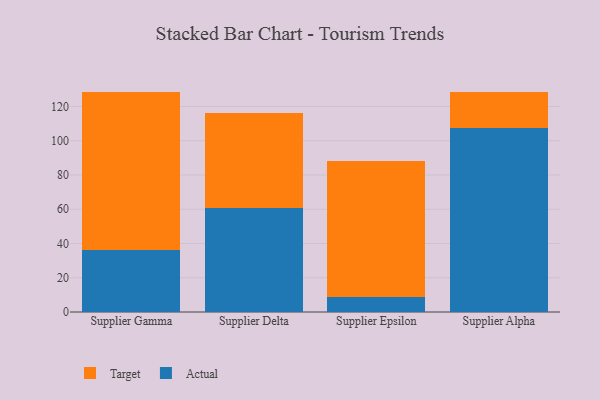
{"axis": {"x": "Supplier", "y": "Bounce Rate (%)"}, "legend": ["Actual", "Target"], "data": [{"x": "Supplier Gamma", "y": 36.3, "type": "Actual"}, {"x": "Supplier Gamma", "y": 92.4, "type": "Target"}, {"x": "Supplier Delta", "y": 60.5, "type": "Actual"}, {"x": "Supplier Delta", "y": 55.6, "type": "Target"}, {"x": "Supplier Epsilon", "y": 8.9, "type": "Actual"}, {"x": "Supplier Epsilon", "y": 79.1, "type": "Target"}, {"x": "Supplier Alpha", "y": 107.2, "type": "Actual"}, {"x": "Supplier Alpha", "y": 21.4, "type": "Target"}]}